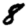
Digit: 8